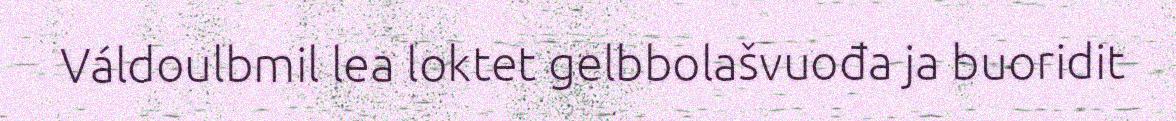
Váldoulbmil lea loktet gelbbolašvuođa ja buoridit